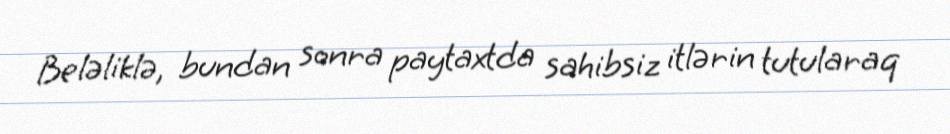
Beləliklə, bundan sonra paytaxtda sahibsiz itlərin tutularaq